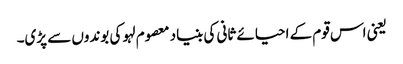
یعنی اس قوم کے احیائے ثانی کی بنیاد معصوم لہو کی بوندوں سے پڑی۔